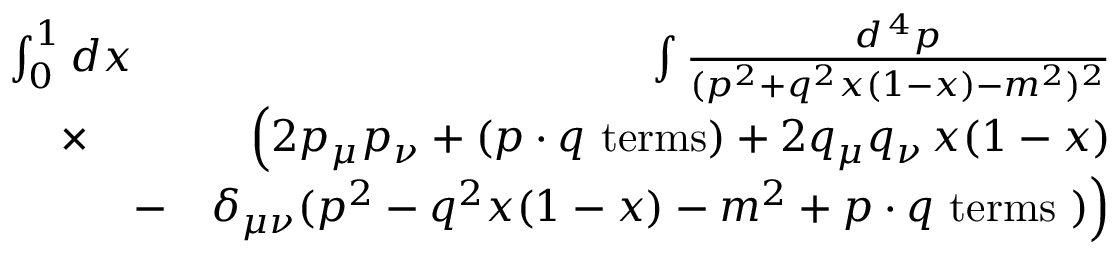
\begin{array} { r l r } { \int _ { 0 } ^ { 1 } d x \! \! \! \! \! \! } & { } & { \int { \frac { d ^ { \, 4 } p } { ( p ^ { 2 } + q ^ { 2 } x ( 1 - x ) - m ^ { 2 } ) ^ { 2 } } } } \\ { \times } & { } & { \Big ( 2 p _ { \mu } p _ { \nu } + ( p \cdot q \mathrm { \ t e r m s } ) + 2 q _ { \mu } q _ { \nu } \, x ( 1 - x ) } \\ & { - } & { \delta _ { \mu \nu } ( p ^ { 2 } - q ^ { 2 } x ( 1 - x ) - m ^ { 2 } + p \cdot q \mathrm { \ t e r m s \ } ) \Big ) } \end{array}